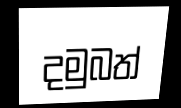
දමුබත්